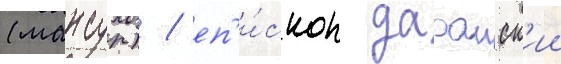
(мансур) / еп'и́скоп дараиск'ии